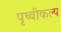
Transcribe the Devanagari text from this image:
पृथ्वीकल्प